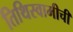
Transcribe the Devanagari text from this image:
तिथिस्वामीची